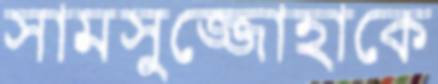
সামসুজ্জোহাকে